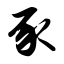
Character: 豕